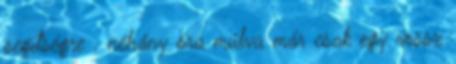
segítségre . néhány óra múlva már csak egy rossz